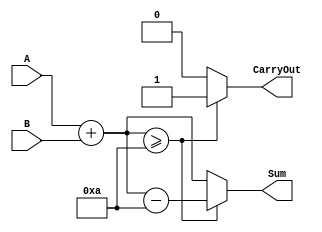

module BCD_Adder(
    input [3:0] A,
    input [3:0] B,
    output reg [3:0] Sum,
    output reg CarryOut
);

always @(*) begin
    Sum = A + B;
    if (Sum >= 10) begin
        Sum = Sum - 10;
        CarryOut = 1;
    end else begin
        CarryOut = 0;
    end
end

endmodule


module BCD_Adder_Testbench;
reg [3:0] A, B;
wire [3:0] Sum;
wire CarryOut;
BCD_Adder uut(
    .A(A),
    .B(B),
    .Sum(Sum),
    .CarryOut(CarryOut)
);
initial begin
    $display("Testing BCD Adder");
    
  
    A = 4'b0101;
    B = 4'b0011;
    #10 $display("A = %b, B = %b, Sum = %b, CarryOut = %b", A, B, Sum, CarryOut);
   
    A = 4'b1001;
    B = 4'b1001;
    #10 $display("A = %b, B = %b, Sum = %b, CarryOut = %b", A, B, Sum, CarryOut);
 
    A = 4'b0000;
    B = 4'b0000;
    #10 $display("A = %b, B = %b, Sum = %b, CarryOut = %b", A, B, Sum, CarryOut);
    
    $finish;
end
endmodule